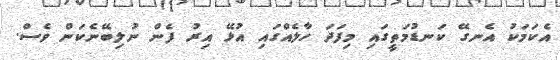
އެކަމަކު އެނގޭ ކަނޑުމަތީގައި މިފަދަ ހާލެއްގައި އުޅޭ އިރު ފެން ނުލިބޭނެކަން ވެސް.